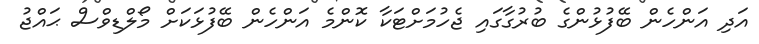
އަދި އަންހެން ބޭފުޅުންގެ ބުރުގާގައި ޖެހުމަށްޓަކާ ކޮންމެ އަންހެން ބޭފުޅަކަށް މޯލްޑިވްސް ޙައްޖު